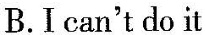
B.Ican't do it